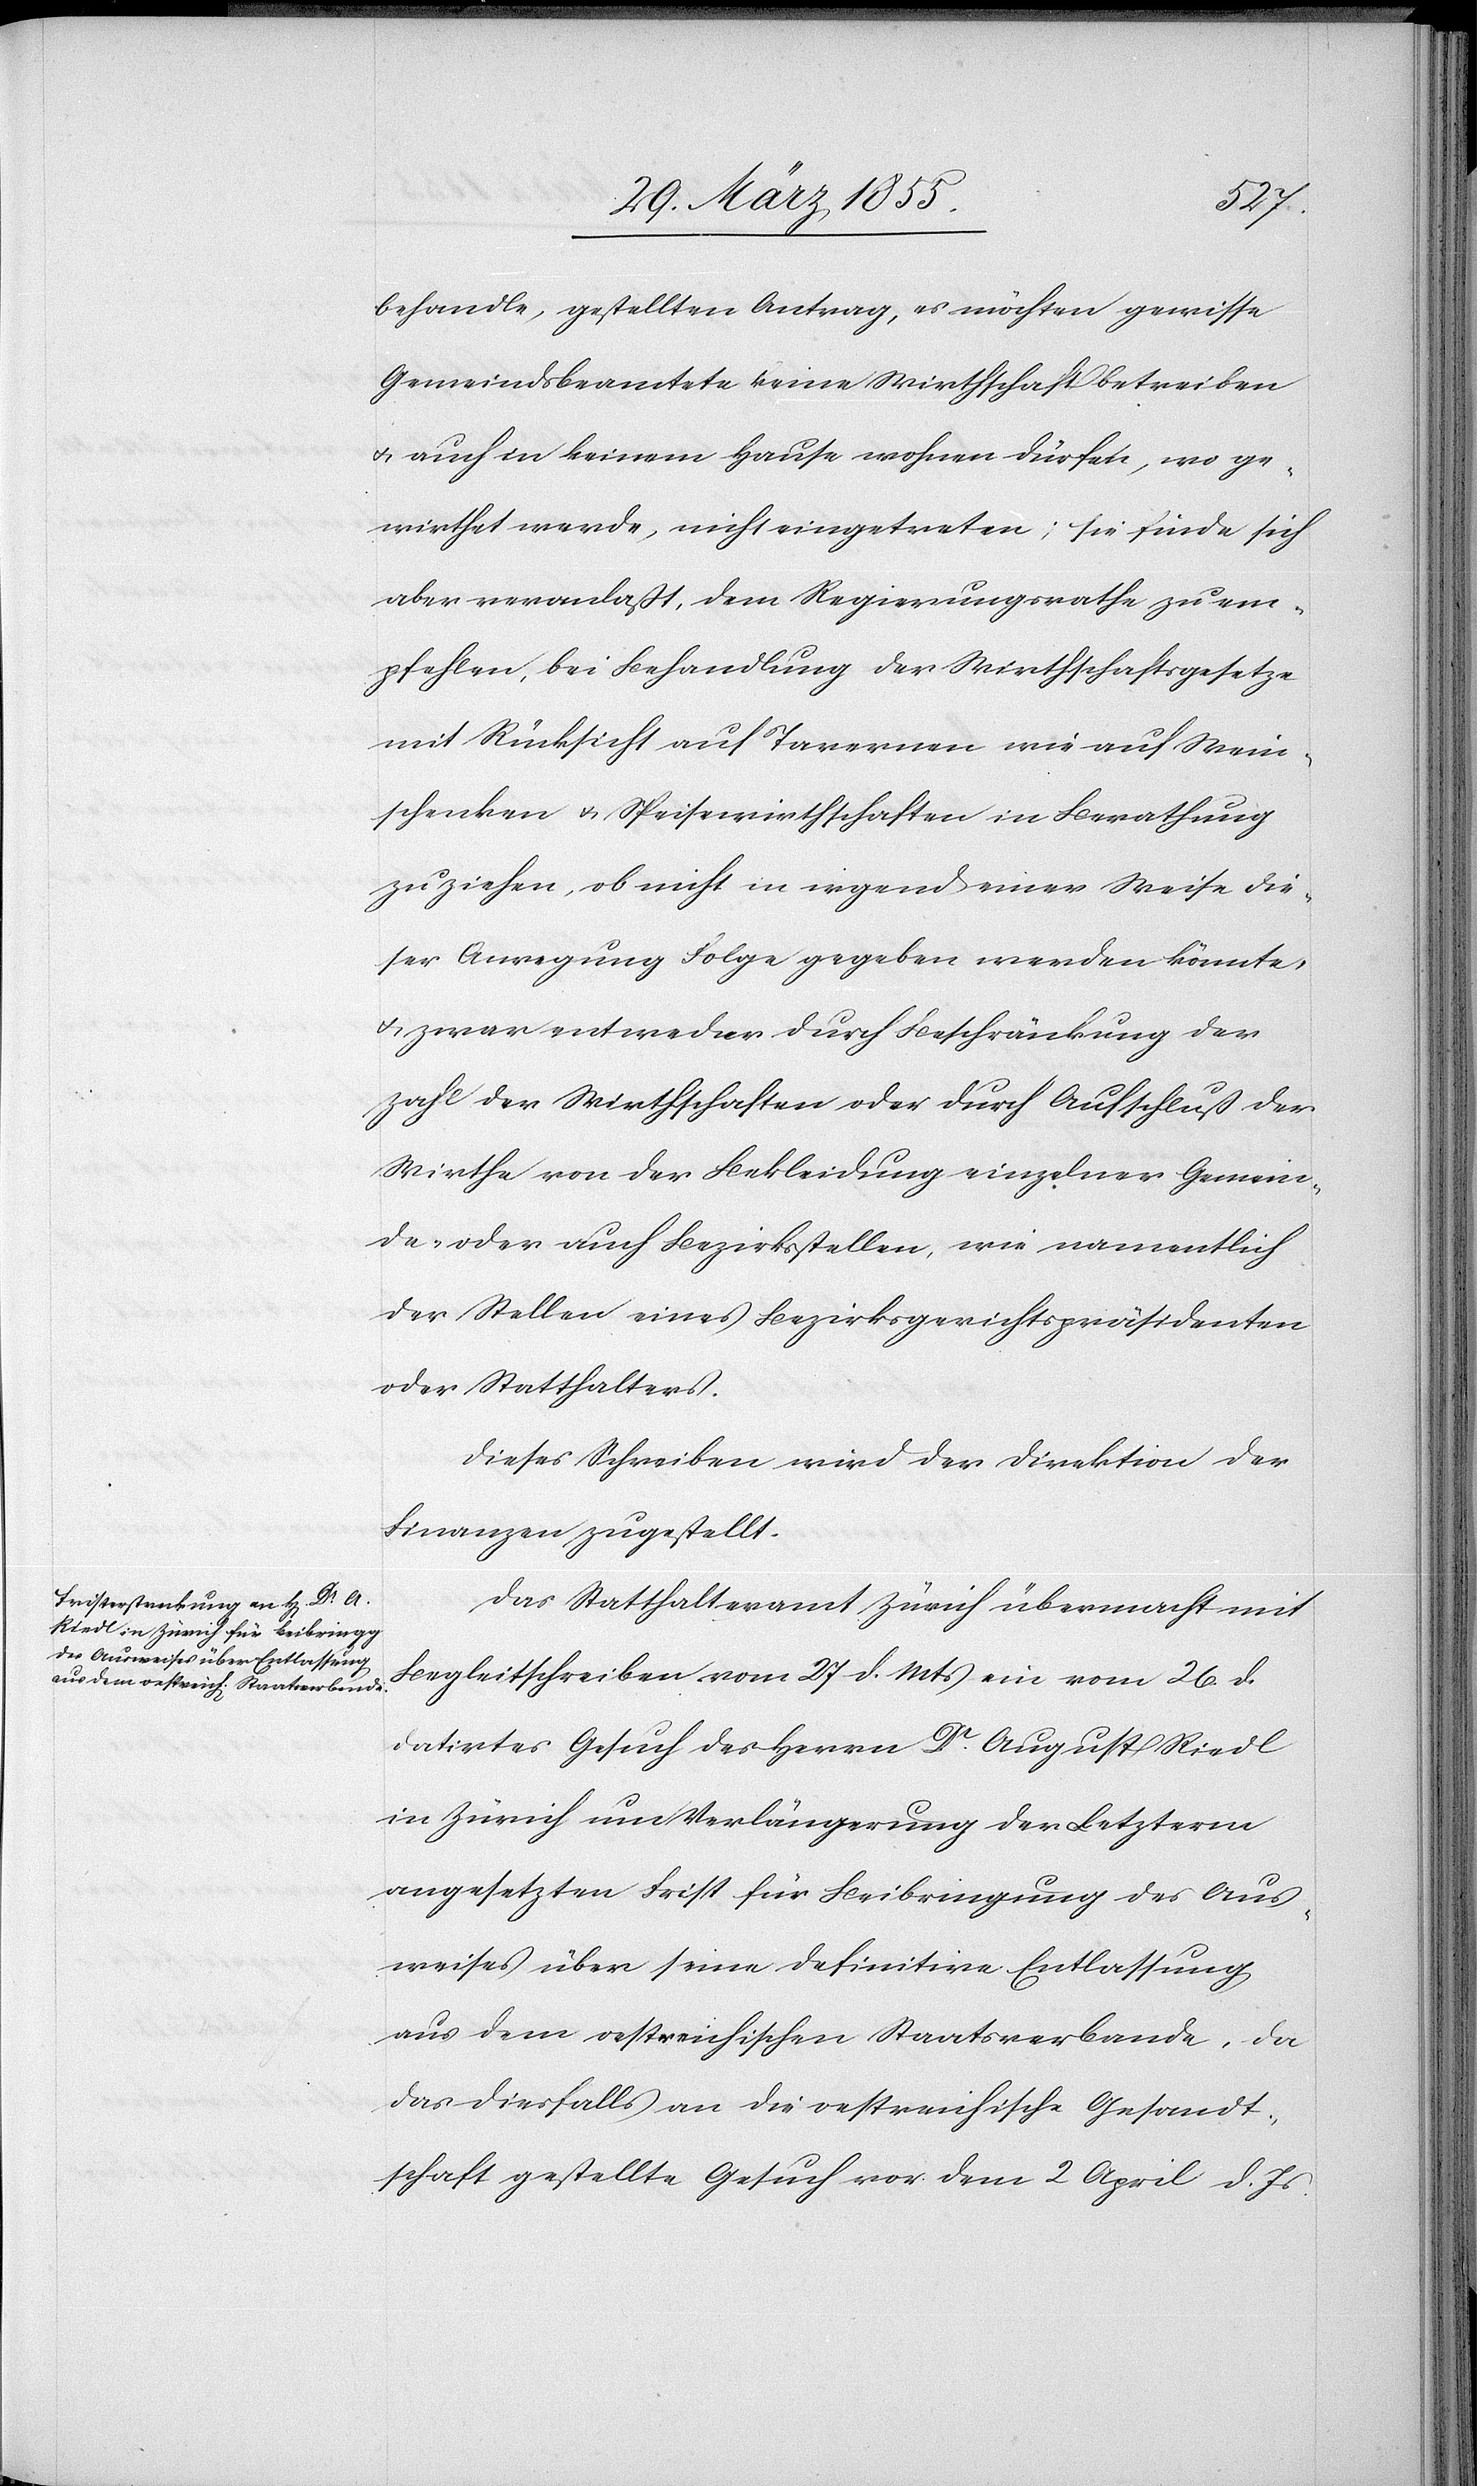
behandle, gestellten Antrag, es möchten gewisse
Gemeindsbeamtete keine Wirthschaft betreiben
& auch in keinem Hause wohnen dürfen, wo ge¬
wirthet werde, nicht eingetreten; sie finde sich
aber veranlaßt, dem Regierungsrathe zu em¬
pfehlen, bei Behandlung der Wirthschaftsgesetze
mit Rücksicht auf Tavernen wie auf Wein¬
schenken & Speisewirthschaften in Berathung
zu ziehen, ob nicht in irgend einer Weise die¬
ser Anregung Folge gegeben werden könnte,
& zwar entweder durch Beschränkung der
Zahl der Wirthschaften oder durch Ausschluß der
Wirthe von der Bekleidung einzelner Gemein¬
de- oder auch Bezirksstellen, wie namentlich
der Stellen eines Bezirksgerichtspräsidenten
oder Statthalters.
Dieses Schreiben wird der Direktion der
Finanzen zugestellt.
Das Statthalteramt Zürich übermacht mit
Begleitschreiben vom 27 d. Mts ein vom 26. d.
datirtes Gesuch des Herrn Dr. August Riedl
in Zürich um Verlängerung der Letzterm
angesetzten Frist für Beibringung des Aus¬
weises über seine definitive Entlassung
aus dem oestreichischen Staatsverbande, da
das diesfalls an die oestreichische Gesandt¬
schaft gestellte Gesuch vor dem 2 April d. Js.